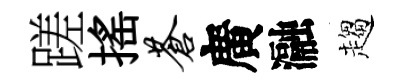
蹉揺苍廣瀜趨